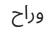
وراح